Memorandum on the prevention of leprosy by segregation of the affected
Disease focus: Leprosy
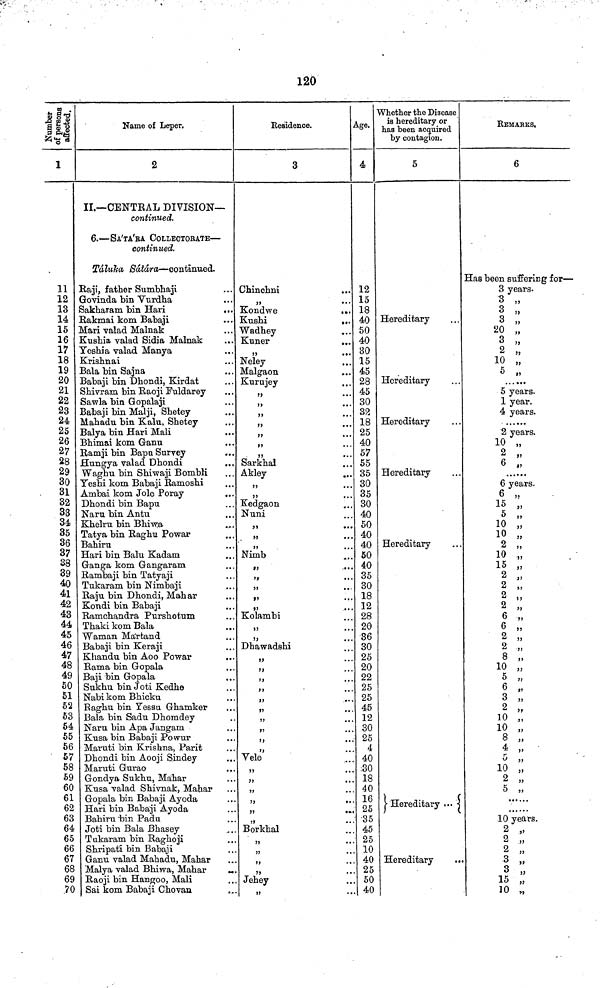
120
1
11
12
13
14
15
16
17
18
19
20
21
22
23
24
25
26
27
28
29
30
31
32
33
34
35
36
37
38
39
40
41
42
43
44
45
46
47
48
49
50
51
52
53
54
55
56
57
58
59
60
61
62
63
64
65
66
67
68
69
.70
Name of Leper.
2
II.—CENTRAL DIVISION—
continued.
6.—SA'TA'RA COLLECTORATE—
continued.
Táluka
Sotara—continued.
Raji, father Sumbhaji
Govinda bin Vurdha
Sakharam bin Hari
Rakmai kom Babaji
Mari valad Malnak
Kushia valad Sidia Malnak
Yeshia valad Manya
Krishnai
Bala bin Sajna
Babaji bin Dhondi, Kirdat
Shivram bin Raoji Fuldarey
Sawla bin Gopalaji
Babaji bin Malji, Shetey
Mahadu bin Kalu, Shetey
Balya bin Hari Mali
Bhimai kom Ganu
Ramji bin Bapa Survey
Hungya valad Dhondi
Waghu bin Shvwaji Bombii
Yeshi kom Babaji Ramoshi
Ambai kom Jole Poray
Dhondi bin Bapu
Nam bin Antu
Khelru bin Bhi-w:a
Tatya bin Raghu Powar
Bahiru
Hari bin Balu Kadam
Ganga kom Gangaram
Rambaji bin Tatyaji
Tukaram bin Nimbaji
Raju bin Dhondi, Mahar
Kondi bin Babaji
Ramchandra Purshotum
Thaki kom Bala
Waman Ma'rfcand
Babaji bin Keraji
Khandu bin Aoo Powar
Rama bin Gopala
Baji bin Gopala
Sukhu bin Joti Kedhe
Nabi kom Bhicku
Raghu bin Yessu. Ghamker
Bala bin Sadn Dhomdey
Naru bin Apa Jangam
Kusa bin Babaji Powur
Maruti bin Krishna, Parit
Dhondi bin Aooji Sindey
Maruti Gurao
Gondya Sukhu, Mahar
Kusa valad Shivnak, Mahar
Gopala bin Babaji Ayoda
Hari bin Babaji Ayoda
Bahiru bin Padu
Joti bin Bala Bhasey
Tukaram bin Raghoj'i
Shripati bin Babaji
Ganu valad Mahadu, Mahar
Malya valad Bhiwa, Mahar
...
Raoji bin Hangoo, Mali
Sai kom Babaji Chovan
Residence.
3
Chinchni
...
Kondwe
...
Kushi
...
Wadhey
Kuner
Neley
Malgaon
Kurujey
...
...
.
Sarkhal
Akley
,,
...
Kedgaon
Nuni
Nimb
>»
)>
...
Kolambi
Dhawadshi
7}
..*
!)
...
...
...
...
ft
Vele
,,
...
...
...
Borkhal
Jehey
Age.
4
12
15
18
40
50
40
30
15
45
28
45
30
32
18
25
40
57
55
35
30
35
30
40
50
40
40
50
40
35
30
18
12
28
20
36
30
25
20
22
25
25
45
12
30
25
4
40
30
18
40
16
25
•35
45
25
10
40
25
50
40
Whether the Disease
is hereditary or
has been acquired
by contagion.
5
Hereditary
Hereditary
Hereditary
Hereditary
Hereditary
Hereditary ...
Hereditary
...
REMARKS,
6
Has been suffering for—
3 years.
3
3
3
20 „
3 „
2 „
10 „
5 „
5 years.
1 year.
4 years.
2 years.
10 „
2 „
6 „
6 years.
6 „
15 „
5 „
10 „
10
2 „
10 „
15 „
2 „
2 „
2 „
2 „
6 „
6 „
2 „
2 „
8 „
10 „
5 „
6 „
3 „
2 „
10 „
10 „
8 „
4 „
5
10 „
2 „
5 „
10 years.
2 „
2 „
2 „
3 „
3 „
15 „
10 „